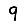
Digit: 9